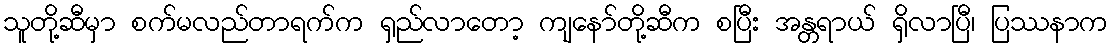
သူတို့ဆီမှာ စက်မလည်တာရက်က ရှည်လာတော့ ကျနော်တို့ဆီက စပြီး အန္တရာယ် ရှိလာပြီ၊ ပြဿနာက